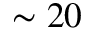
\sim 2 0